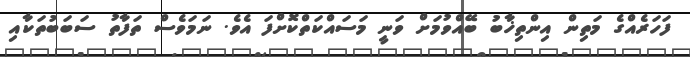
ފަހަރެއްގެ މަތިން އިންތިޚާބު ބޭއްވުމަށް ވަނީ މަސައްކަތްކޮށްފަ އެވެ. ނަމަވެސް ތަފާތު ސަބަބުތަކާއި